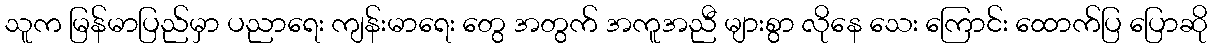
သူက မြန်မာပြည်မှာ ပညာရေး ကျန်းမာရေး တွေ အတွက် အကူအညီ များစွာ လိုနေ သေး ကြောင်း ထောက်ပြ ပြောဆို